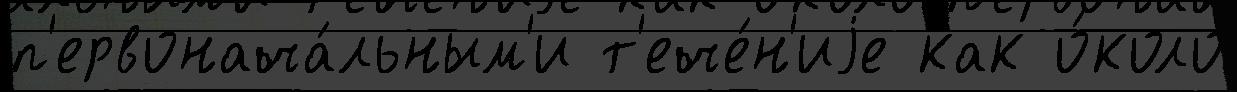
п'ервонача́льным'и т'ече́н'иjе как о́коло